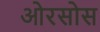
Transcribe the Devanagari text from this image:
ओरसोस